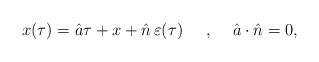
\begin{align*}x(\tau)=\hat{a}\tau + x +\hat{n}\, \varepsilon(\tau)\makebox[.5in]{,} \hat{a} \cdot \hat{n}=0,\end{align*}